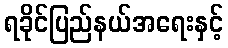
ရခိုင်ပြည်နယ်အရေးနှင့်